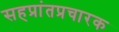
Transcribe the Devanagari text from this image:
सहप्रांतप्रचारक